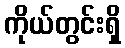
ကိုယ်တွင်းရှိ